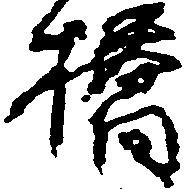
橋